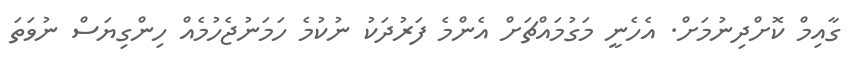
ގާއިމް ކޮށްދިނުމަށް. އެހެނީ މަގުމައްޗަށް އެންމެ ފަރުދަކު ނުކުމެ ހަމަނުޖެހުމެއް ހިންގިޔަސް ނުވަތަ